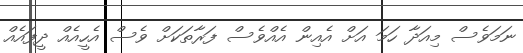
ނަމަވެސް މިއަދާ ހަމަ އަށް އެއިން އެއްވެސް ފަރާތަކަށް ވެސް އެހީއެއް ދީފައެއް